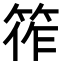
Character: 筰